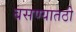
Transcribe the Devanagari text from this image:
बसण्यातठी